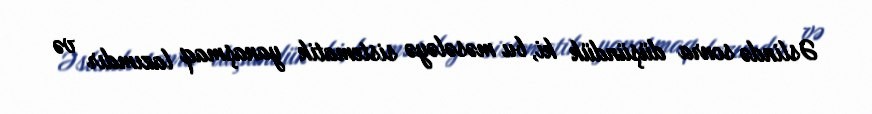
Əslində sonra düşündük ki, bu məsələyə sistematik yanaşmaq lazımdır və